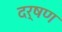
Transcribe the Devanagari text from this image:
दर्षण